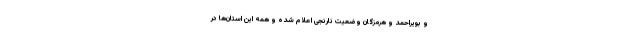
و بویراحمد و هرمزگان وضعیت نارنجی اعلام شده و همه این استان‌ها در